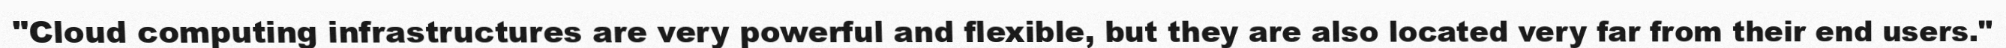
"Cloud computing infrastructures are very powerful and flexible, but they are also located very far from their end users."